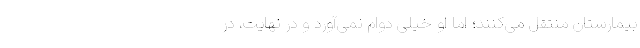
بیمارستان منتقل می‌کنند؛ اما او خیلی دوام نمی‌آورد و در نهایت، در